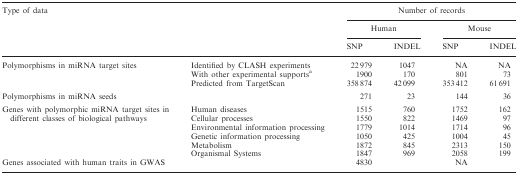
| <COLSPAN=2> Type of data |  | <COLSPAN=4> Number of records |
 |  |  | <COLSPAN=2> Human | <COLSPAN=2> Mouse |
 | SNP | INDEL | SNP | INDEL |
 | --- | --- | --- | --- | --- | --- | --- |
 | <ROWSPAN=3> Polymorphisms in miRNA target sites | Identified by CLASH experiments | 22 979 | 1047 | NA | NA |
 | With other experimental supportsa | 1900 | 170 | 801 | 73 |
 | Predicted from TargetScan | 358 874 | 42 099 | 353 412 | 61 691 |
 | <COLSPAN=2> Polymorphisms in miRNA seeds | 271 | 23 | 144 | 36 |
 | <ROWSPAN=6> Genes with polymorphic miRNA target sites in different classes of biological pathways | Human diseases | 1515 | 760 | 1752 | 162 |
 | Cellular processes | 1550 | 822 | 1469 | 97 |
 | Environmental information processing | 1779 | 1014 | 1714 | 96 |
 | Genetic information processing | 1050 | 425 | 1004 | 45 |
 | Metabolism | 1872 | 845 | 2313 | 150 |
 | Organismal Systems | 1847 | 969 | 2058 | 199 |
 | <COLSPAN=2> Genes associated with human traits in GWAS | <COLSPAN=2> 4830 | <COLSPAN=2> NA |